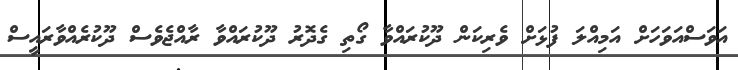
އަވަސްއަވަހަށް އަމިއްލަ ފުޅަށް ވެރިކަން ދޫކުރައްވާ ގޯތި ގެދޮރު ދޫކުރައްވާ ރާއްޖެވެސް ދޫކުރެއްވާރައީސް